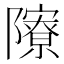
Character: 𨽒